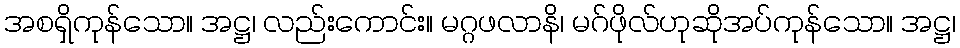
အစရှိကုန်သော။ အဋ္ဌ၊ လည်းကောင်း။ မဂ္ဂဖလာနိ၊ မဂ်ဖိုလ်ဟုဆိုအပ်ကုန်သော။ အဋ္ဌ၊